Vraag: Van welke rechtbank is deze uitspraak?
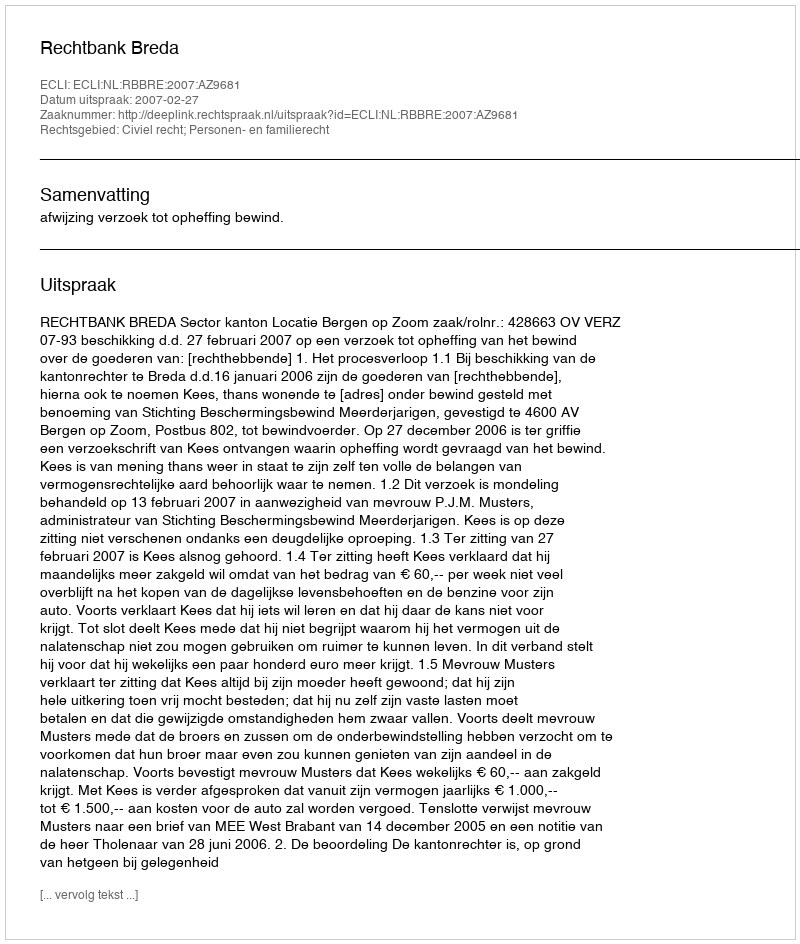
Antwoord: Rechtbank Breda